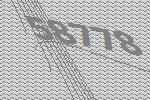
58778